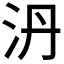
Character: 𣲥